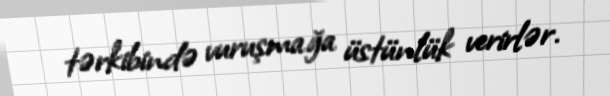
tərkibində vuruşmağa üstünlük verirlər.